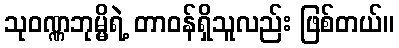
သုဝဏ္ဏဘုမ္မိရဲ့ တာဝန်ရှိသူလည်း ဖြစ်တယ်။